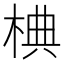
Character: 椣